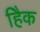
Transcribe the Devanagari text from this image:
हैिक